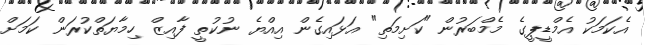
އެކަމަކު އެމްޑީޕީގެ މެމްބަރުން "ކަށިމަތި" އަޅައިގެން އިއްޔެ ނުކުތީ ފާއިޒް ހިމާޔަތްކުރަން ކަމަށް